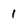
Character: 1